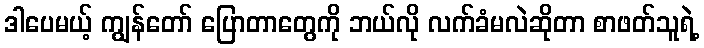
ဒါပေမယ့် ကျွန်တော် ပြောတာတွေကို ဘယ်လို လက်ခံမလဲဆိုတာ စာဖတ်သူရဲ့